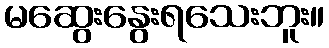
မဆွေးနွေးရသေးဘူး။